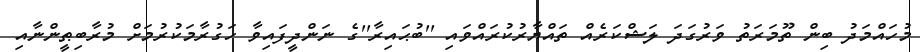
މުހައްމަދު ބިން ތޫމަރަތު ވަރުގަދަ ލަޝްކަރެއް ތައްޔާރުކުރައްވައި ''ބުޙައިރާ''ގެ ނަންދީފައިވާ ހަގުރާމަކުރުމަށް މުރާބިޠީންނާއި